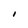
Character: I